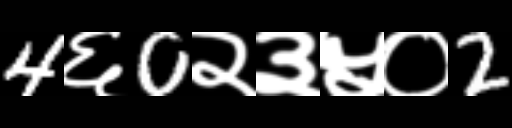
Text: 4६0२३५०2